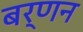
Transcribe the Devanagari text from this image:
बर्णन